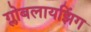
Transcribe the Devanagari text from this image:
ग्लोबलायझिंग